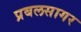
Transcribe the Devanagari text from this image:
प्रबलसागर